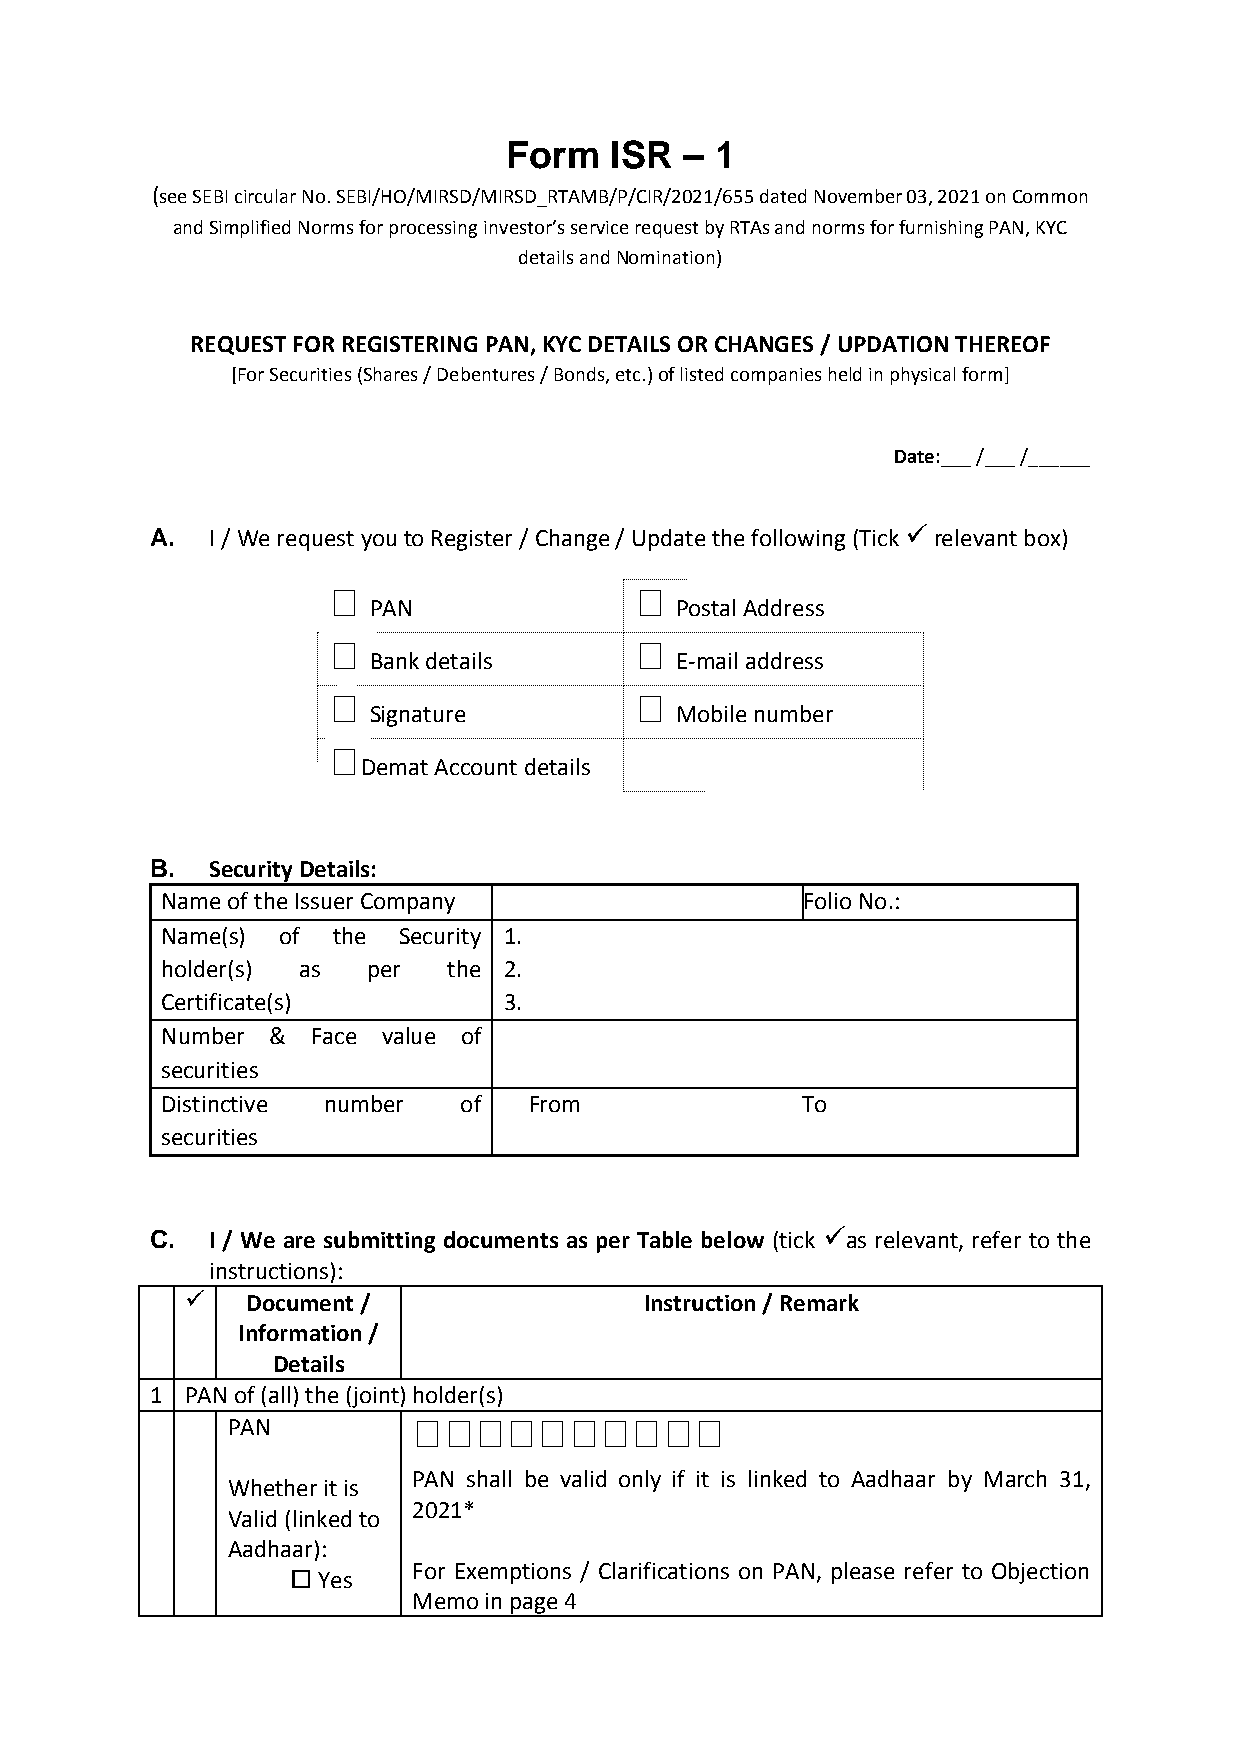
Form   ISR  – 1
 (see SEBI circular No. SEBI/HO/MIRSD/MIRSD_RTAMB/P/CIR/2021/655 dated November 03, 2021 on Common
 and Simplified Norms for processing investor’s service request by RTAs and norms for furnishing PAN, KYC
 details and Nomination)
 REQUEST FOR REGISTERING PAN, KYC DETAILS OR CHANGES / UPDATION THEREOF
 [For Securities (Shares / Debentures / Bonds, etc.) of listed companies held in physical form]
 Date:___ /___ /______
 A.  I / We request you to Register / Change / Update the following (Tick  relevant box)
 󠄀                   󠄀
 PAN                  Postal Address
 󠄀                   󠄀
 Bank details         E-mail address
 󠄀                   󠄀
 Signature            Mobile number
 󠄀
 Demat Account details
 B.  Security Details:
 Name of the Issuer Company                F o l i o N o . :
 Name(s) of the Security 1.
 holder(s) as per   the 2.
 Certificate(s)        3.
 Number &  Face value of
 securities
 Distinctive number of   From              To
 securities
 C.  I / We are submitting documents as per Table below (tick as relevant, refer to the
 instructions):
   Document /                 Instruction / Remark
 Information /
 Details
 1 PAN of (all) the (joint) holder(s)
 PAN         󠄀󠄀󠄀󠄀󠄀󠄀󠄀󠄀󠄀󠄀
 PAN shall be valid only if it is linked to Aadhaar by March 31,
 Whether it is
 2021*
 Valid (linked to
 Aadhaar):
 For Exemptions / Clarifications on PAN, please refer to Objection
  Yes
 Memo in page 4